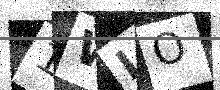
Text: 1WLO